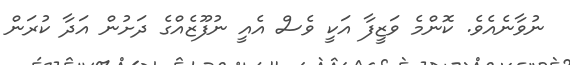
ނުވާނެއެވެ. ކޮންމެ ވަޒީފާ އަކީ ވެސް އެއީ ނުފޫޒެއްގެ ދަށުން އަދާ ކުރަން